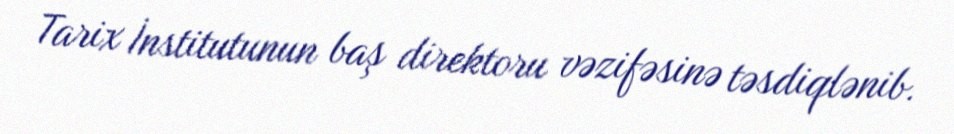
Tarix İnstitutunun baş direktoru vəzifəsinə təsdiqlənib.